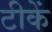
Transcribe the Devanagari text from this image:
टीकें